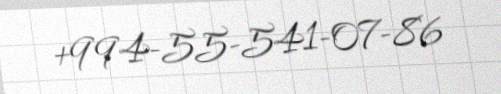
+994-55-541-07-86